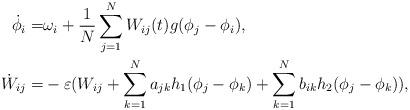
LaTeX: \begin{align*}\dot{\phi}_i=&\omega_i+\frac{1}{N}\sum_{j=1}^NW_{ij}(t)g(\phi_j-\phi_i),\\\dot{W}_{ij}=&-\varepsilon(W_{ij}+\sum_{k=1}^Na_{jk}h_1(\phi_j-\phi_k)+\sum_{k=1}^Nb_{ik}h_2(\phi_j-\phi_k)),\end{align*}